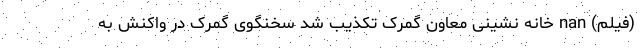
(فیلم) nan خانه نشینی معاون گمرک تکذیب شد سخنگوی گمرک در واکنش به